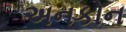
અનકોન